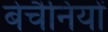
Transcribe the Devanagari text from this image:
बेचैनियों